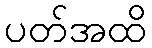
ပတ်အထိ